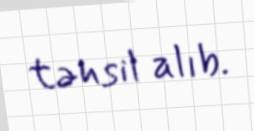
təhsil alıb.